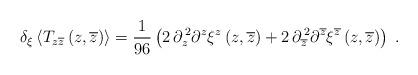
LaTeX: \begin{align*}\delta_{\xi}\left<T_{z\overline z}\left(z,\overline z\right)\right>={1\over96}\left(2\,\partial_z^{\,2}\partial^z\xi^z\left(z,\overline z\right)+2\,\partial_{\overline z}^{\,2}\partial^{\overline z}\xi^{\overline z}\left(z,\overline z\right)\right)\;.\end{align*}